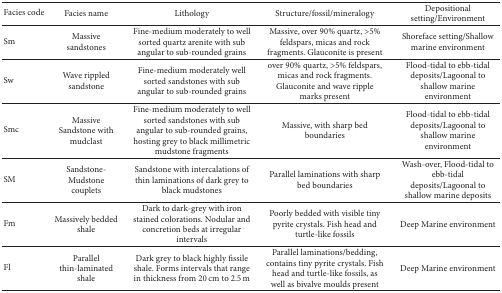
| Facies code | Facies name | Lithology | Structure/fossil/mineralogy | Depositional setting/Environment |
 | --- | --- | --- | --- | --- |
 | Sm | Massive sandstones | Fine-medium moderately to well sorted quartz arenite with sub angular to sub-rounded grains | Massive, over 90% quartz, >5% feldspars, micas and rock fragments. Glauconite is present | Shoreface setting/Shallow marine environment |
 | Sw | Wave rippled sandstone | Fine-medium moderately well sorted sandstones with sub angular to sub-rounded grains | over 90% quartz, >5% feldspars, micas and rock fragments. Glauconite and wave ripple marks present | Flood-tidal to ebb-tidal deposits/Lagoonal to shallow marine environment |
 | Smc | Massive Sandstone with mudclast | Fine-medium moderately to well sorted sandstones with sub angular to sub-rounded grains, hosting grey to black millimetric mudstone fragments | Massive, with sharp bed boundaries | Flood-tidal to ebb-tidal deposits/Lagoonal to shallow marine environment |
 | SM | Sandstone-Mudstone couplets | Sandstone with intercalations of thin laminations of dark grey to black mudstones | Parallel laminations with sharp bed boundaries | Wash-over, Flood-tidal to ebb-tidal deposits/Lagoonal to shallow marine deposits |
 | Fm | Massively bedded shale | Dark to dark-grey with iron stained colorations. Nodular and concretion beds at irregular intervals | Poorly bedded with visible tiny pyrite crystals. Fish head and turtle-like fossils | Deep Marine environment |
 | Fl | Parallel thin-laminated shale | Dark grey to black highly fissile shale. Forms intervals that range in thickness from 20 cm to 2.5 m | Parallel laminations/bedding, contains tiny pyrite crystals. Fish head and turtle-like fossils, as well as bivalve moulds present | Deep Marine environment |